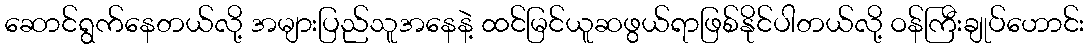
ဆောင်ရွက်နေတယ်လို့ အများပြည်သူအနေနဲ့ ထင်မြင်ယူဆဖွယ်ရာဖြစ်နိုင်ပါတယ်လို့ ဝန်ကြီးချုပ်ဟောင်း